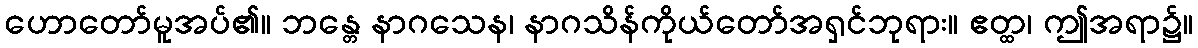
ဟောတော်မူအပ်၏။ ဘန္တေ နာဂသေန၊ နာဂသိန်ကိုယ်တော်အရှင်ဘုရား။ ဧတ္ထ၊ ဤအရာ၌။